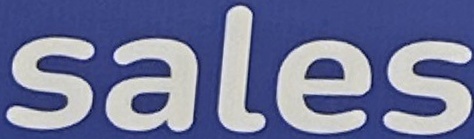
Sales